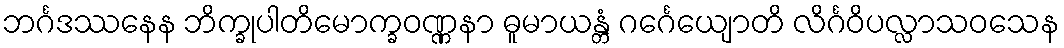
ဘင်္ဂဒဿနေန ဘိက္ခုပါတိမောက္ခဝဏ္ဏနာ ဓူမာယန္တံ ဂင်္ဂေယျောတိ လိင်္ဂဝိပလ္လာသဝသေန